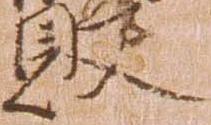
敗